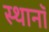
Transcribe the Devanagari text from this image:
स्थानॉ